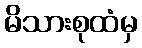
မိသားစုထံမှ